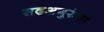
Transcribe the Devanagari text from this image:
सद्‍अगुरुंचा